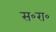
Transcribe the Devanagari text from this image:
स॰रा॰